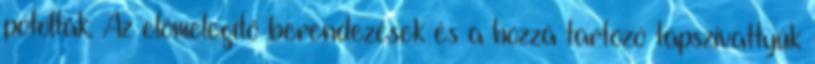
pótolták. Az előmelegítő berendezések és a hozzá tartozó tápszivattyúk